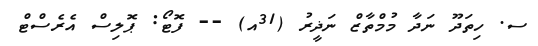
ސ. ހިތަދޫ ނަދާ މުމްތާޒް ނަޛީރު (31އ) -- ފޮޓޯ: ޕޮލިސް އެރެސްޓް